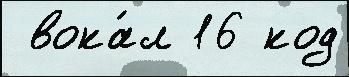
 вока́л 16 код